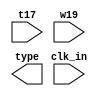
`timescale 1ns / 1ps
//////////////////////////////////////////////////////////////////////////////////
// Company: 
// Engineer: 
// 
// Design Name: 
// Module Name: input_morse
// Project Name: 
// Target Devices: 
// Tool Versions: 
// Description: 
// 
// Dependencies: 
// 
// Revision:
// Revision 0.01 - File Created
// Additional Comments:
// 
//////////////////////////////////////////////////////////////////////////////////


module input_morse(

    input clk_in,
    input t17,  //switch from basys3 board to input morse code
    input w19,  //switch from basys3 board to separate the letter
    output reg [1:0] type //type of the input
    );


    reg [3:0]count = 0;
    reg [1:0]type_old;
    reg [1:0]type_present;
    
    parameter GAP = 2'b00;
    parameter DOT = 2'b01;
    parameter DASH = 2'b10;
    parameter STOP = 2'b11;
    
    initial count = 0;
    initial type_old = STOP;
    initial type_present = STOP;
    
    always @ (posedge clk_in)
    begin
        
        if (t17 == 1)
            count <= count + 1;
        
        if(type_present == STOP)
        begin
        
            if( count!=0 && count > 4'b0110  )
                begin
                    type_present <= DASH;   //user input dash
                end
            else if(count != 0)
                begin
                    type_present <= DOT;    //user input dot
                end  
            else if(w19)
                type_present <= GAP; 
        end
        if(t17 == 0)
            type_present <= STOP;
             
         
        //if(type_old != type_present)
            //type_old <= type_present;
        //type <= type_old;
    end
endmodule